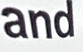
and